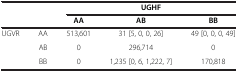
<table><thead><tr><td colspan="2"><b> </b></td><td colspan="3"><b>UGHF</b></td></tr><tr><td><b> </b></td><td><b> </b></td><td><b>AA</b></td><td><b>AB</b></td><td><b>BB</b></td></tr></thead><tbody><tr><td rowspan="2">UGVR</td><td>AA</td><td>513,601</td><td>31 [5, 0, 0, 26]</td><td>49 [0, 0, 0, 49]</td></tr><tr><td>AB</td><td>0</td><td>296,714</td><td>0</td></tr><tr><td> </td><td>BB</td><td>0</td><td>1,235 [0, 6, 1,222, 7]</td><td>170,818</td></tr></tbody></table>